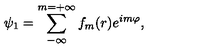
\psi _ { 1 } = \sum _ { - \infty } ^ { m = + \infty } f _ { m } ( r ) e ^ { i m \varphi } ,